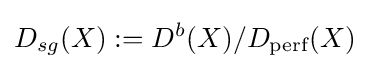
D_{sg}(X):=D^{b}(X)/D_{\text{perf}}(X)